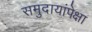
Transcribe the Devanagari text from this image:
समुदायांपेक्षा